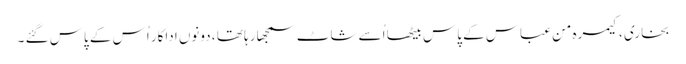
بخاری ، کیمرہ من عباس کے پاس بیٹھا اُسے شاٹ سمجھا رہا تھا ، دونوں اداکار اُس کے پاس گئے ۔